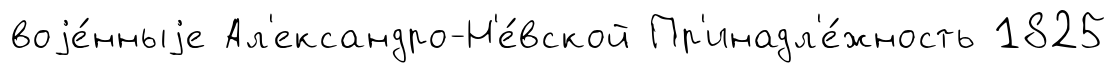
воjе́нныjе Ал'ександро-Н'е́вской Пр'инадл'е́жность 1825